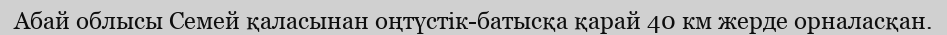
Абай облысы Семей қаласынан оңтүстік-батысқа қарай 40 км жерде орналасқан.